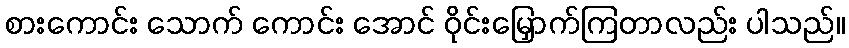
စားကောင်း သောက် ကောင်း အောင် ဝိုင်းမြှောက်ကြတာလည်း ပါသည်။